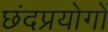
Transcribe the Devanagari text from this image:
छंदप्रयोगों